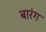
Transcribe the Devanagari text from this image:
बारंग